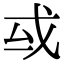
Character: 㦯